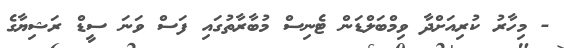
- މިހާރު ކުރިއަށްދާ ވިމްބަލްޑަން ޓެނިސް މުބާރާތުގައި ފަސް ވަނަ ސީޑް ރަޝިޔާގެ